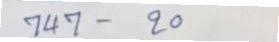
747 - 20